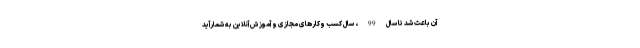
آن باعث شد تا سال 99 ، سال کسب وکارهای مجازی و آموزش آنلاین به شمارآید